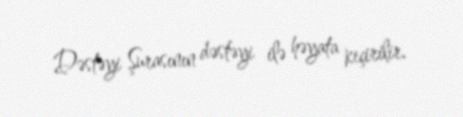
Dəstəyi Şurasının dəstəyi ilə həyata keçirilir.